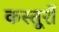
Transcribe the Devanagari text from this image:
कस्तूरों